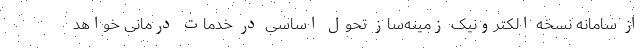
از سامانه نسخه الکترونیک زمینه‌ساز تحول اساسی در خدمات درمانی خواهد